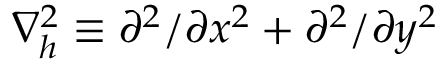
\nabla _ { h } ^ { 2 } \equiv \partial ^ { 2 } / \partial x ^ { 2 } + \partial ^ { 2 } / \partial y ^ { 2 }